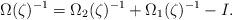
LaTeX: \begin{align*} \Omega(\zeta)^{-1} = \Omega_{2}(\zeta)^{-1} + \Omega_{1}(\zeta)^{-1} - I.\end{align*}